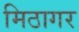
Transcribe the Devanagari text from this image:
मिठागर